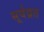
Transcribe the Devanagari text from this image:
सूर्यव्रत